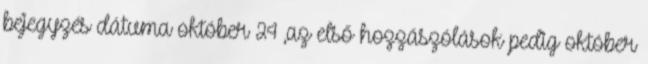
bejegyzés dátuma október 24 ,az első hozzászólások pedig október